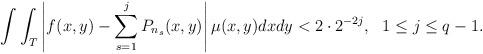
LaTeX: \begin{align*}\int\int_T \left| f(x,y)- \sum_{s=1}^j P_{n_s}(x,y)\right|\mu(x,y)dxdy<2\cdot 2^{-2j}, \ \ 1\leq j \leq q-1 .\end{align*}